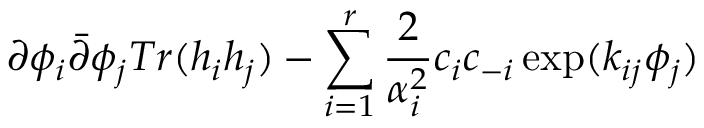
\partial \phi _ { i } \bar { \partial } \phi _ { j } T r ( h _ { i } h _ { j } ) - \sum _ { i = 1 } ^ { r } \frac { 2 } { \alpha _ { i } ^ { 2 } } c _ { i } c _ { - i } \exp ( k _ { i j } \phi _ { j } )